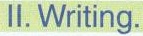
Ⅱ.Writing.